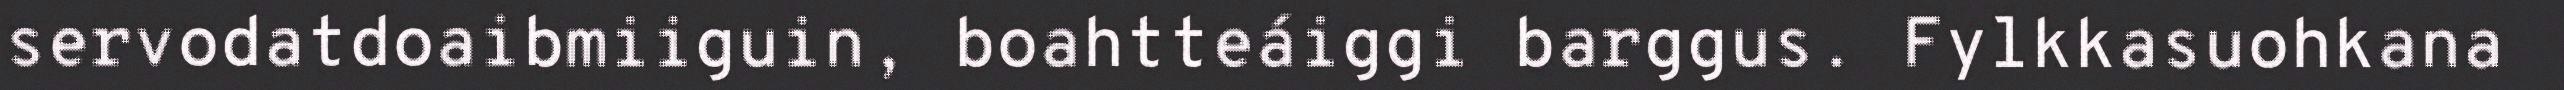
servodatdoaibmiiguin, boahtteáiggi barggus. Fylkkasuohkana